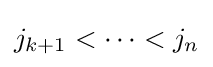
j_{k+1}<\dots <j_{n}